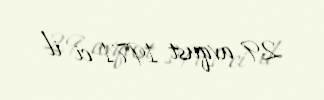
29 avqust 1971-ci il